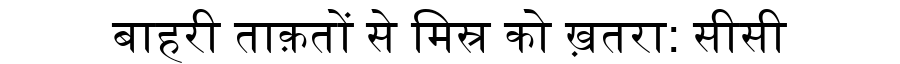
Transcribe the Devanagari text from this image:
बाहरी ताक़तों से मिस्र को ख़तरा: सीसी